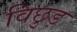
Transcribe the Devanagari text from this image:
विछुड़